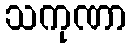
သကုဏာ